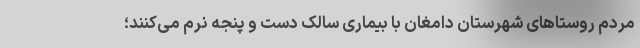
مردم روستاهای شهرستان دامغان با بیماری سالک دست و پنجه نرم می‌کنند؛